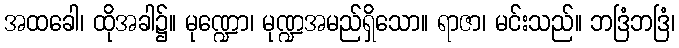
အထခေါ၊ ထိုအခါ၌။ မုဏ္ဍော၊ မုဏ္ဍအမည်ရှိသော။ ရာဇာ၊ မင်းသည်။ ဘဒြံဘဒြံ၊